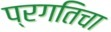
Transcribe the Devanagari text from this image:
प्रगतिचा